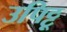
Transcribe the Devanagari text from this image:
उपिट्टू